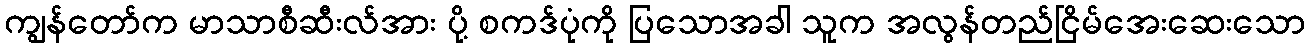
ကျွန်တော်က မာသာစီဆီးလ်အား ပို့ စကဒ်ပုံကို ပြသောအခါ သူက အလွန်တည်ငြိမ်အေးဆေးသော